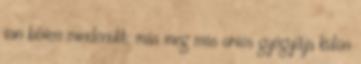
van bőven mindenütt; más meg más orvos gyógyítja külön